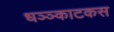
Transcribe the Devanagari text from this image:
धञ्ञ्काटकस